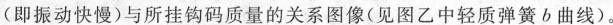
(即振动快慢)与所挂钩码质量的关系图像(见图乙中轻质弹簧b曲线)。